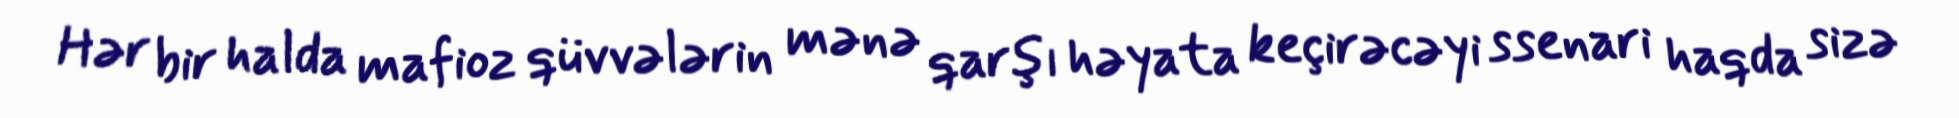
Hər bir halda mafioz qüvvələrin mənə qarşı həyata keçirəcəyi ssenari haqda sizə